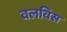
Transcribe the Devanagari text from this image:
वलविस